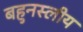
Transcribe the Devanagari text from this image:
बहुनस्लीय